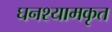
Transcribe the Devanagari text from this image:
घनश्यामकृत